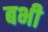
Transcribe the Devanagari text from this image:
बभी